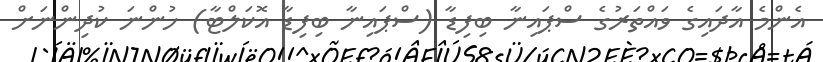
އެންމެ އާދައިގެ ވައްތަރުގެ ސްޕައިނާ ބިފިޑާ (ސްޕައިނާ ބިފިޑާ އޮކަލްޓާ) ހުންނަ ކުދިންނަށް